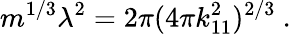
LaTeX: m^{1/3}\lambda^{2}=2\pi(4\pi k_{11}^{2})^{2/3}\ .